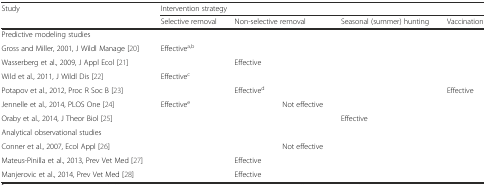
<table><thead><tr><td rowspan="2"><b>Study</b></td><td colspan="5"><b>Intervention strategy</b></td></tr><tr><td><b>Selective removal</b></td><td colspan="2"><b>Non-selective removal</b></td><td><b>Seasonal (summer) hunting</b></td><td><b>Vaccination</b></td></tr></thead><tbody><tr><td>Predictive modeling studies</td><td colspan="5"></td></tr><tr><td>Gross and Miller, 2001, J Wildl Manage [20]</td><td>Effective<sup>a,b</sup></td><td></td><td></td><td></td><td></td></tr><tr><td>Wasserberg et al., 2009, J Appl Ecol [21]</td><td></td><td>Effective</td><td></td><td></td><td></td></tr><tr><td>Wild et al., 2011, J Wildl Dis [22]</td><td>Effective<sup>c</sup></td><td></td><td></td><td></td><td></td></tr><tr><td>Potapov et al., 2012, Proc R Soc B [23]</td><td></td><td>Effective<sup>d</sup></td><td></td><td></td><td>Effective</td></tr><tr><td>Jennelle et al., 2014, PLOS One [24]</td><td>Effective<sup>e</sup></td><td></td><td>Not effective</td><td></td><td></td></tr><tr><td>Oraby et al., 2014, J Theor Biol [25]</td><td></td><td></td><td></td><td>Effective</td><td></td></tr><tr><td>Analytical observational studies</td><td></td><td></td><td></td><td></td><td></td></tr><tr><td>Conner et al., 2007, Ecol Appl [26]</td><td></td><td></td><td>Not effective</td><td></td><td></td></tr><tr><td>Mateus-Pinilla et al., 2013, Prev Vet Med [27]</td><td></td><td>Effective</td><td></td><td></td><td></td></tr><tr><td>Manjerovic et al., 2014, Prev Vet Med [28]</td><td></td><td>Effective</td><td></td><td></td><td></td></tr></tbody></table>